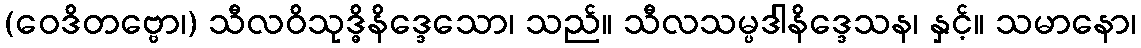
(ဝေဒိတဗ္ဗော၊) သီလဝိသုဒ္ဓိနိဒ္ဒေသော၊ သည်။ သီလသမ္ပဒါနိဒ္ဒေသန၊ နှင့်။ သမာနော၊